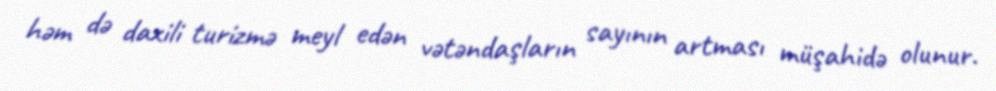
həm də daxili turizmə meyl edən vətəndaşların sayının artması müşahidə olunur.